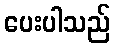
ပေးပါသည်